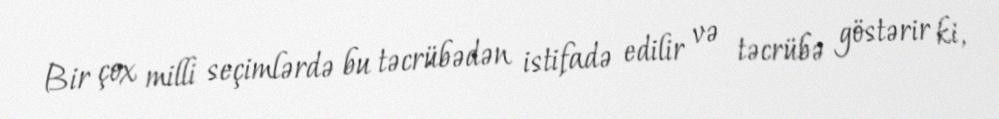
Bir çox milli seçimlərdə bu təcrübədən istifadə edilir və təcrübə göstərir ki,